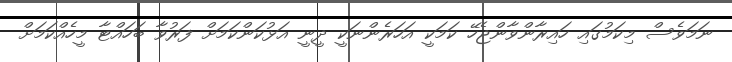
ނަމަވެސް މިކަމުގައި ހައިރާންވާންޖެހޭ ކަމަކީ އަހަރެންނަކީ ދީނީ އަޅުކަންކަމަށް ފަރުވާ ބަހައްޓާ މީހެއްކަމަށް